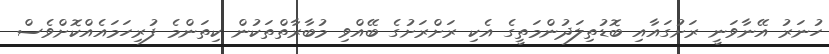
ހުނަރު އޭނާވަނީ ރަށުގައާއި ބޮޑުތިލަދުންމަތީގެ އެކި ރަށްރަށުގެ ބޭއްވި މުބާރާތްތަކުން ކިތަންމެ ފުރިހަމައެއްކޮށްވެސް